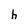
Character: h